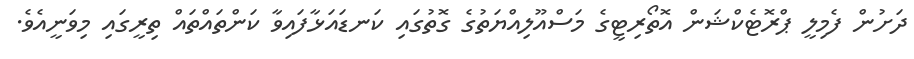
ދަށުން ފެމިލީ ޕްރޮޓެކްޝަން އޮތޯރިޓީގެ މަސްއޫލިއްޔަތުގެ ގޮތުގައި ކަނޑައަޅާފައިވާ ކަންތައްތައް ތިރީގައި މިވަނީއެވެ.